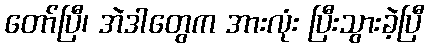
တော်ပြီ၊ အဲဒါတွေက အားလုံး ပြီးသွားခဲ့ပြီ